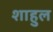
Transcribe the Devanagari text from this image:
शाहुल